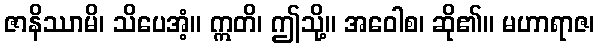
ဇာနိဿာမိ၊ သိပေအံ့။ ဣတိ၊ ဤသို့။ အဝေါစ၊ ဆို၏။ မဟာရာဇ၊